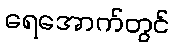
ရေအောက်တွင်